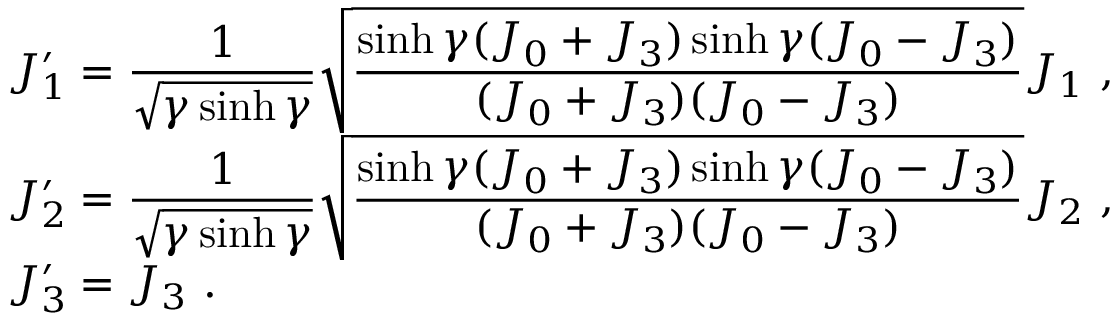
\begin{array} { l } { { J _ { 1 } ^ { \prime } = \displaystyle \frac { 1 } { \sqrt { \gamma \sinh \gamma } } \sqrt { \displaystyle \frac { \sinh \gamma ( J _ { 0 } + J _ { 3 } ) \sinh \gamma ( J _ { 0 } - J _ { 3 } ) } { ( J _ { 0 } + J _ { 3 } ) ( J _ { 0 } - J _ { 3 } ) } } J _ { 1 } ~ , } } \\ { { J _ { 2 } ^ { \prime } = \displaystyle \frac { 1 } { \sqrt { \gamma \sinh \gamma } } \sqrt { \displaystyle \frac { \sinh \gamma ( J _ { 0 } + J _ { 3 } ) \sinh \gamma ( J _ { 0 } - J _ { 3 } ) } { ( J _ { 0 } + J _ { 3 } ) ( J _ { 0 } - J _ { 3 } ) } } J _ { 2 } ~ , } } \\ { { J _ { 3 } ^ { \prime } = J _ { 3 } ~ . } } \end{array}